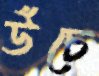
উঁচে